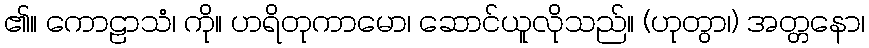
၏။ ကောဠာသံ၊ ကို။ ဟရိတုကာမော၊ ဆောင်ယူလိုသည်။ (ဟုတွာ၊) အတ္တနော၊